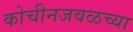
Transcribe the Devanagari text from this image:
कोचीनजवळच्या